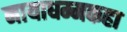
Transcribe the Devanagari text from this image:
नायाधम्मकहा